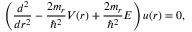
\left( \frac { d ^ { 2 } } { d r ^ { 2 } } - \frac { 2 m _ { r } } { \hbar ^ { 2 } } V ( r ) + \frac { 2 m _ { r } } { \hbar ^ { 2 } } E \right) u ( r ) = 0 ,